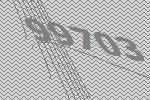
99703